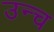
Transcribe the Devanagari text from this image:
उन्च